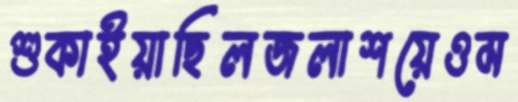
শুকাইয়াছিলজলাশয়েওম